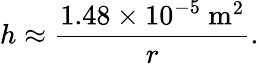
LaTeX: h\approx{\frac{1.48\times 10^{-5}\ {\mathrm{m}}^{2}}{r}}.